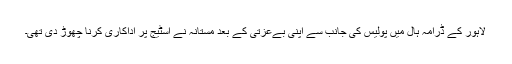
لاہور کے ڈرامہ ہال میں پولیس کی جانب سے اپنی بےعزتی کے بعد مستانہ نے اسٹیج پر اداکاری کرنا چھوڑ دی تھی۔